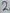
Text: 2